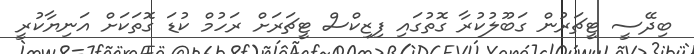
ބިދޭސީ ޓީޗަރުން ގަބޫލުކުރާ ގޮތުގައި ފިޒިކްސް ޓީޗަރަށް ރަހުމް ކުޑަ ގޮތަކަށް އަނިޔާކުރީ